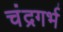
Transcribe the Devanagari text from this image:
चंद्रगर्भ